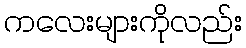
ကလေးများကိုလည်း